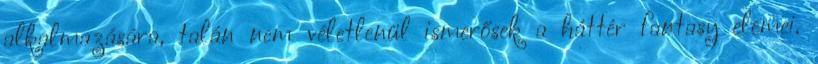
alkalmazására, talán nem véletlenül ismerősek a háttér fantasy elemei.